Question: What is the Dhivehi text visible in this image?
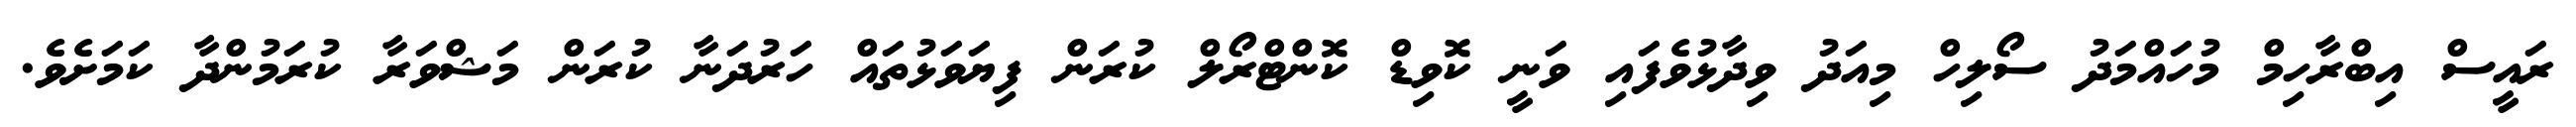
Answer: ރައީސް އިބްރާހިމް މުހައްމަދު ސޯލިހް މިއަދު ވިދާޅުވެފައި ވަނީ ކޮވިޑް ކޮންޓްރޯލް ކުރަން ފިޔަވަޅުތައް ހަރުދަނާ ކުރަން މަޝްވަރާ ކުރަމުންދާ ކަމަށެވެ.